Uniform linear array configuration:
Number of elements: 16
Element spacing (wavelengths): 0.5
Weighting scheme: binomial
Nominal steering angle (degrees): -60
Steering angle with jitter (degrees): -60.878
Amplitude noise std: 0.05
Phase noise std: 0.05

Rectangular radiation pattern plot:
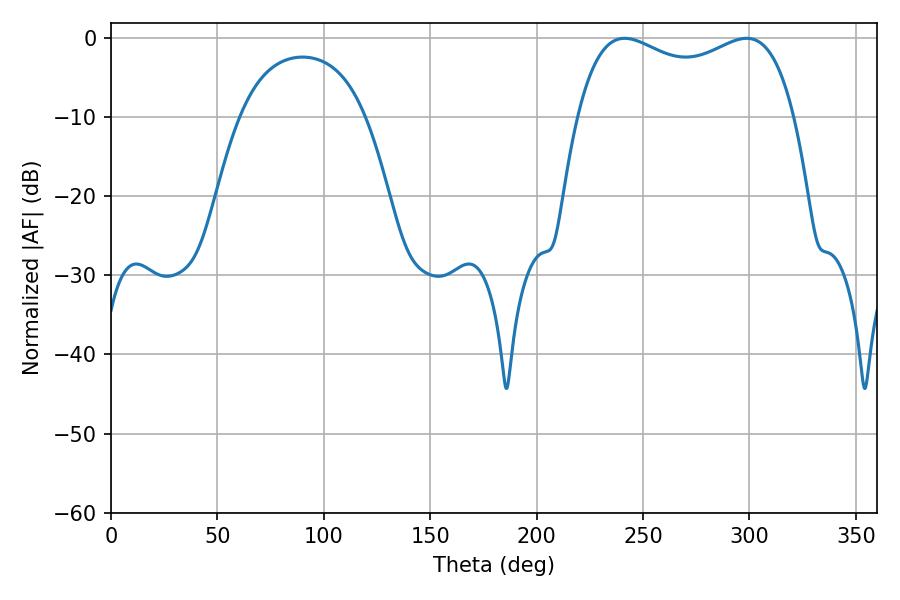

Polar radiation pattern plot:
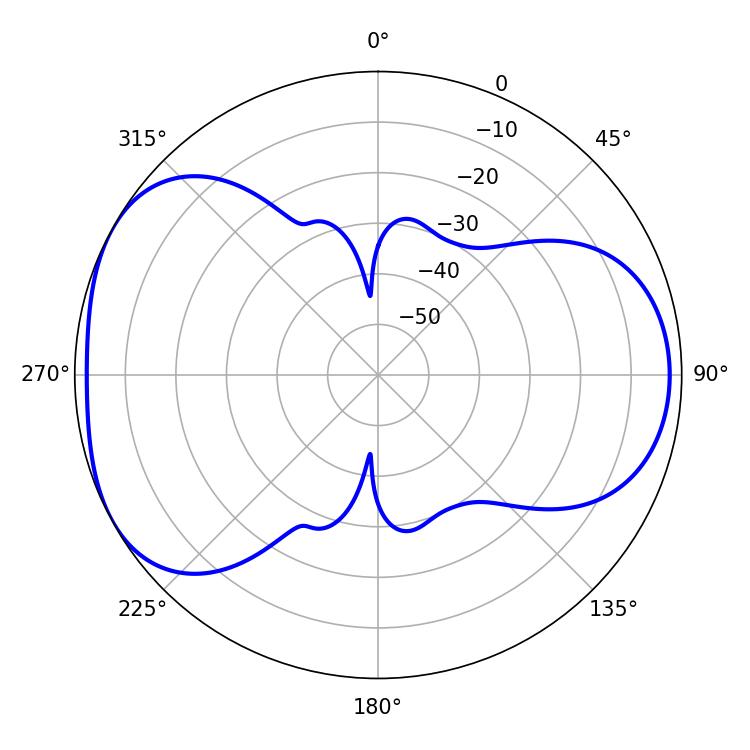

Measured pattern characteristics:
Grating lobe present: FALSE
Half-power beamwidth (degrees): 84.24
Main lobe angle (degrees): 241.38